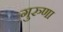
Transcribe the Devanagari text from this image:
गुरुणा